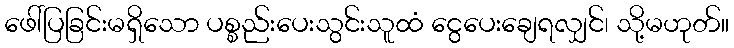
ဖေါ်ပြခြင်းမရှိသော ပစ္စည်းပေးသွင်းသူထံ ငွေပေးချေရလျှင်၊ သို့မဟုတ်။